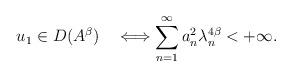
LaTeX: \begin{align*}u_{1}\in D(A^{\beta})\quad\Longleftrightarrow\sum_{n=1}^{\infty}a_{n}^{2}\lambda_{n}^{4\beta}<+\infty.\end{align*}